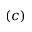
( c )